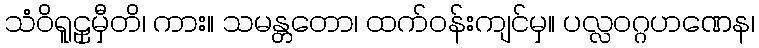
သံဝိရူဠှမှီတိ၊ ကား။ သမန္တတော၊ ထက်ဝန်းကျင်မှ။ ပလ္လဝဂ္ဂဟဏေန၊